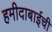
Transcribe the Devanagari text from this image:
हमीदाबाईची